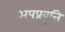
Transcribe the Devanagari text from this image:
अपप्रवृत्ति